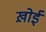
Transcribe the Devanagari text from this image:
ख़ोई